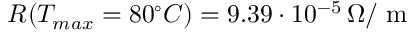
R ( T _ { m a x } = 8 0 ^ { \circ } C ) = 9 . 3 9 \cdot 1 0 ^ { - 5 } \, \Omega / \mathrm { ~ m ~ }